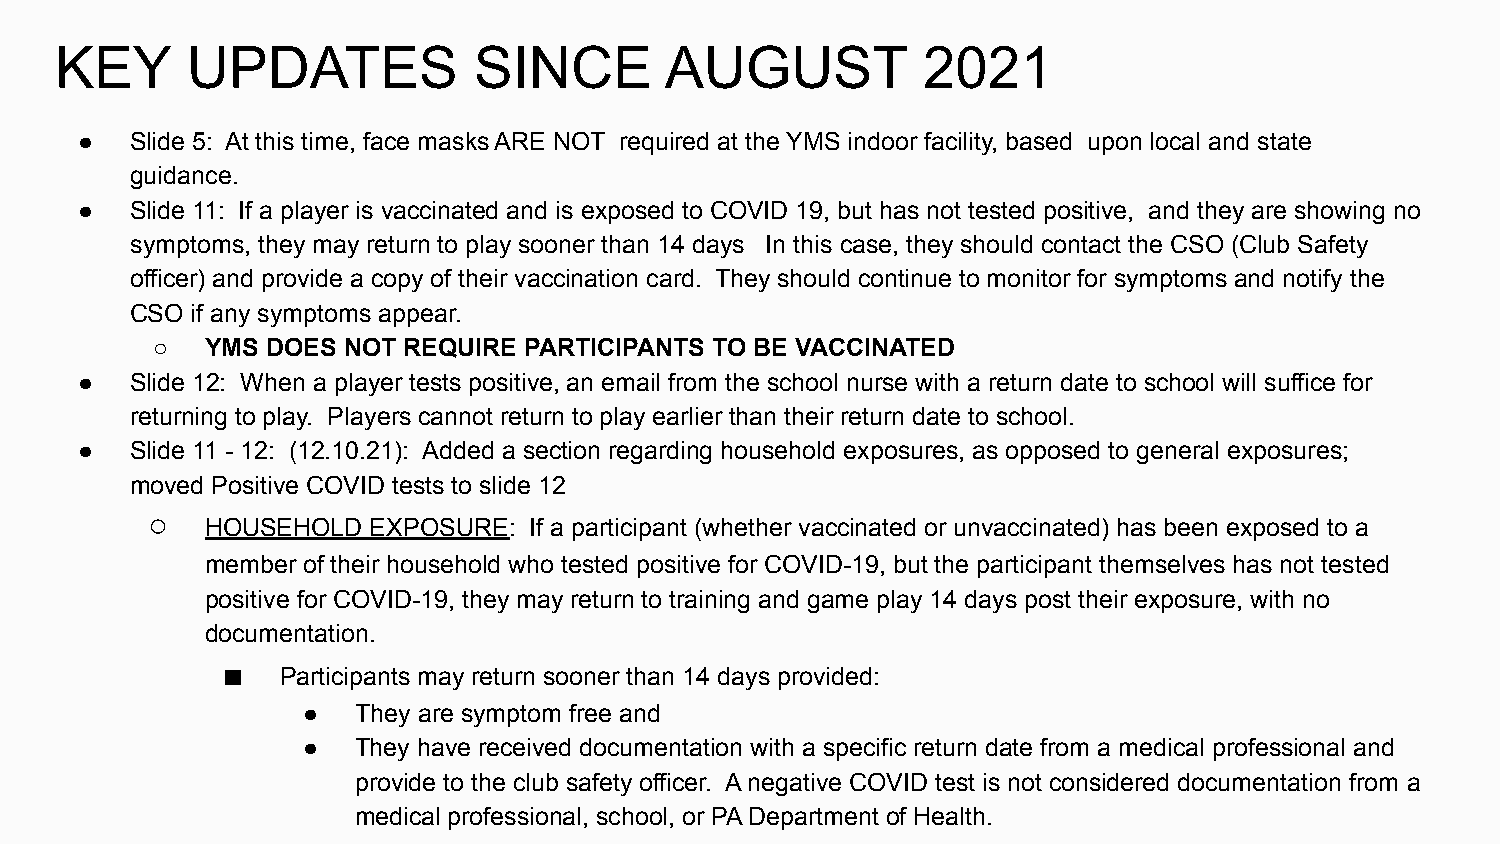
KEY     UPDATES            SINCE        AUGUST           2021
 ●   Slide 5: At this time, face masks ARE NOT required at the YMS indoor facility, based upon local and state
 guidance.
 ●   Slide 11: If a player is vaccinated and is exposed to COVID 19, but has not tested positive, and they are showing no
 symptoms, they may return to play sooner than 14 days In this case, they should contact the CSO (Club Safety
 officer) and provide a copy of their vaccination card. They should continue to monitor for symptoms and notify the
 CSO if any symptoms appear.
 ○   YMS DOES NOT REQUIRE PARTICIPANTS TO BE VACCINATED
 ●   Slide 12: When a player tests positive, an email from the school nurse with a return date to school will suffice for
 returning to play. Players cannot return to play earlier than their return date to school.
 ●   Slide 11 - 12: (12.10.21): Added a section regarding household exposures, as opposed to general exposures;
 moved Positive COVID tests to slide 12
 ○
 HOUSEHOLD  EXPOSURE: If a participant (whether vaccinated or unvaccinated) has been exposed to a
 member of their household who tested positive for COVID-19, but the participant themselves has not tested
 positive for COVID-19, they may return to training and game play 14 days post their exposure, with no
 documentation.
 ■
 Participants may return sooner than 14 days provided:
 ●   They are symptom free and
 ●   They have received documentation with a specific return date from a medical professional and
 provide to the club safety officer. A negative COVID test is not considered documentation from a
 medical professional, school, or PA Department of Health.
 ○